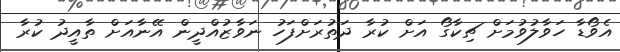
އެވޯޑާ ހަވާލުވުމަށް ޗިކާގޯ އަށް ކުރާ ދަތުރަށްފަހު ނަވާޒުއްދީން އޭނާއަށް ތާއީދު ކުރާ